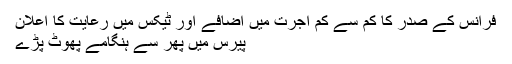
فرانس کے صدر کا کم سے کم اجرت میں اضافے اور ٹیکس میں رعایت کا اعلان
پیرس میں پھر سے ہنگامے پھوٹ پڑے